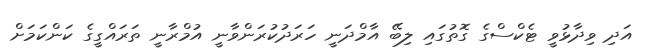
އަދި ވިދާޅުވީ ޓެކްސްގެ ގޮތުގައި ލިބޭ އާމްދަނީ ހަރަދުކުރަންވާނީ އުމްރާނީ ތަރައްގީގެ ކަންކަމަށް